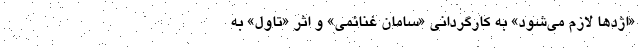
«اژد‌ها لازم می‌شود» به کارگردانی «سامان غنائمی» و اثر «تاول» به